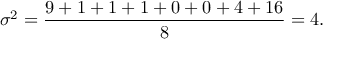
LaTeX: \sigma ^ { 2 } = { \frac { 9 + 1 + 1 + 1 + 0 + 0 + 4 + 1 6 } { 8 } } = 4 .